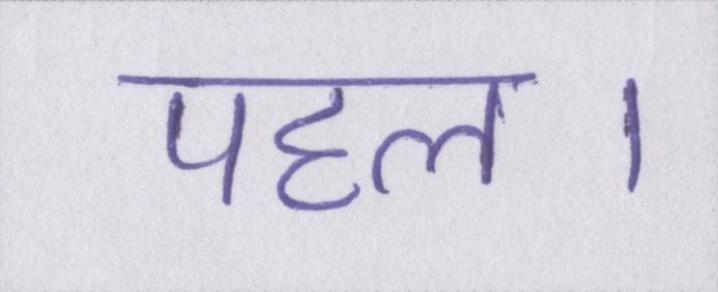
पहल।